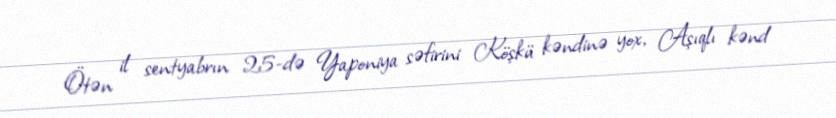
Ötən il sentyabrın 25-də Yaponiya səfirini Köşkü kəndinə yox, Aşıqlı kənd